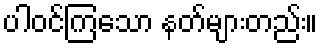
ပါဝင်ကြသော နတ်များတည်း။